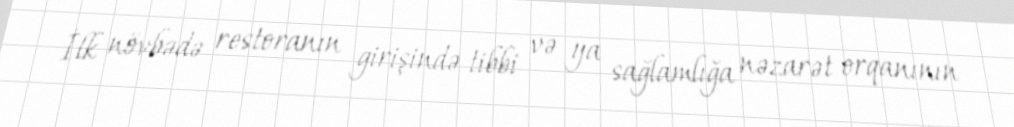
İlk növbədə restoranın girişində tibbi və ya sağlamlığa nəzarət orqanının